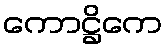
ကောဋ္ဌိကေ